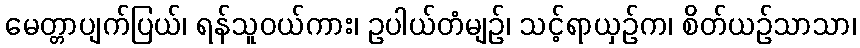
မေတ္တာပျက်ပြယ်၊ ရန်သူဝယ်ကား၊ ဥပါယ်တံမျဉ်၊ သင့်ရာယှဉ်က၊ စိတ်ယဉ်သာသာ၊